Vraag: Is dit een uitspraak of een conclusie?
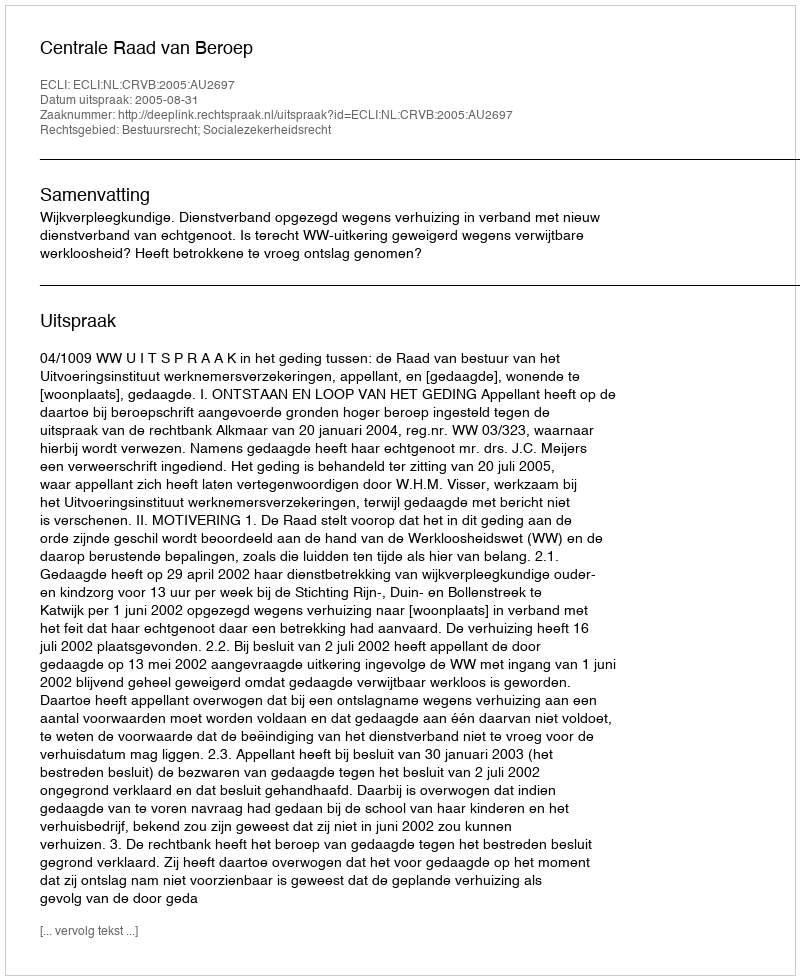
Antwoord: Uitspraak